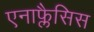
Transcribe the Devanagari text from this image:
एनाफ्लैसिस